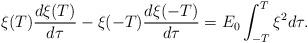
LaTeX: \begin{align*}\xi(T)\frac{d\xi(T)}{d\tau} - \xi(-T)\frac{d\xi(-T)}{d\tau} =E_0 \int_{-T}^T \xi^2 d\tau.\end{align*}